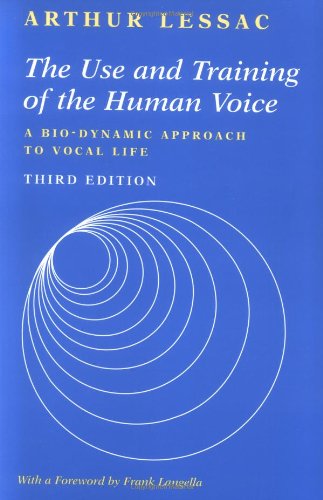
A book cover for The Use and Training of the Human Voice: A Bio-Dynamic Approach to Vocal Life; Arthur Lessac; Reference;